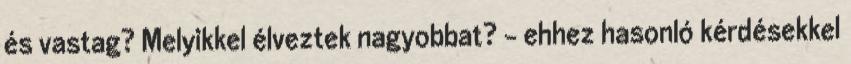
és vastag? Melyikkel élveztek nagyobbat? – ehhez hasonló kérdésekkel